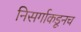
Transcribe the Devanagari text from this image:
निसर्गाकडूनच